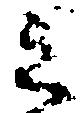
之